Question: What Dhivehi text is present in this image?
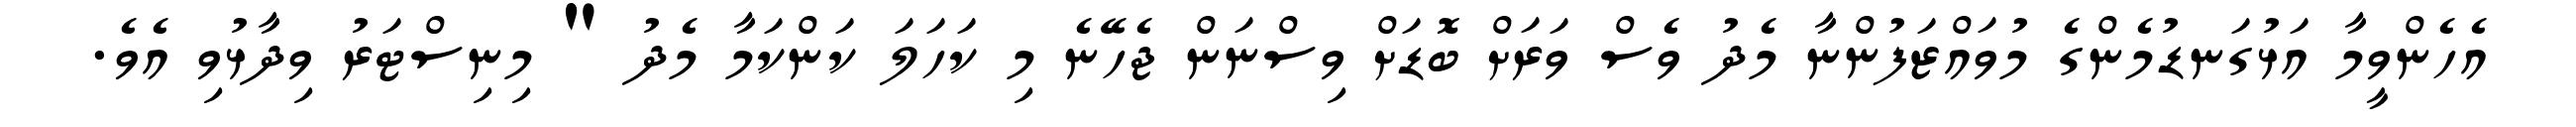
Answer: އެހެންވީމާ އަޅުގަނޑުމެންގެ މުވައްޒަފުންނާ މެދު ވެސް ވަރަށް ބޮޑަށް ވިސްނަން ޖެހޭނެ މި ކަހަލަ ކަންކަމާ މެދު " މިނިސްޓަރު ވިދާޅުވި އެވެ.